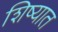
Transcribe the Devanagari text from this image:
शिष्यात